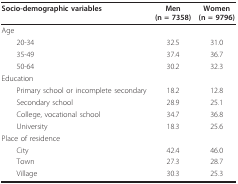
<table><thead><tr><td><b>Socio-demographic variables</b></td><td><b>Men(n = 7358)</b></td><td><b>Women(n = 9796)</b></td></tr></thead><tbody><tr><td>Age</td><td></td><td></td></tr><tr><td> 20-34</td><td>32.5</td><td>31.0</td></tr><tr><td> 35-49</td><td>37.4</td><td>36.7</td></tr><tr><td> 50-64</td><td>30.2</td><td>32.3</td></tr><tr><td>Education</td><td></td><td></td></tr><tr><td> Primary school or incomplete secondary</td><td>18.2</td><td>12.8</td></tr><tr><td> Secondary school</td><td>28.9</td><td>25.1</td></tr><tr><td> College, vocational school</td><td>34.7</td><td>36.8</td></tr><tr><td> University</td><td>18.3</td><td>25.6</td></tr><tr><td>Place of residence</td><td></td><td></td></tr><tr><td> City</td><td>42.4</td><td>46.0</td></tr><tr><td> Town</td><td>27.3</td><td>28.7</td></tr><tr><td> Village</td><td>30.3</td><td>25.3</td></tr></tbody></table>